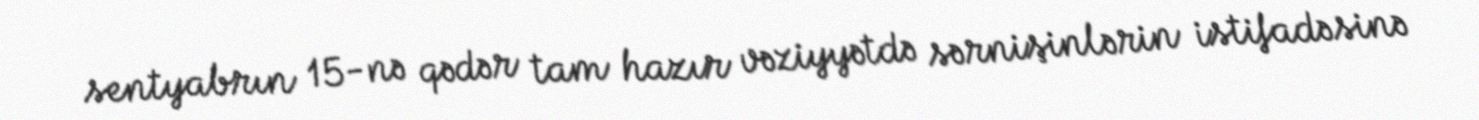
sentyabrın 15-nə qədər tam hazır vəziyyətdə sərnişinlərin istifadəsinə